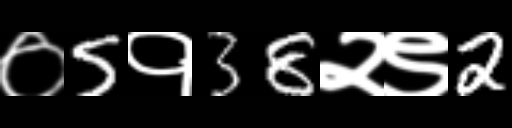
Text: ०5१38२९2